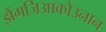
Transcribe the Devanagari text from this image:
झैंगजिआकोउनान